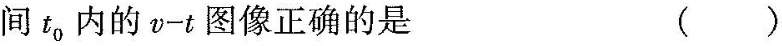
间t_{0}内的$$v-t$$图像正确的是 ()